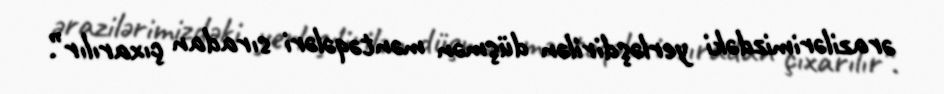
ərazilərimizdəki yerləşdirilən düşmən məntəqələri sıradan çıxarılır”.